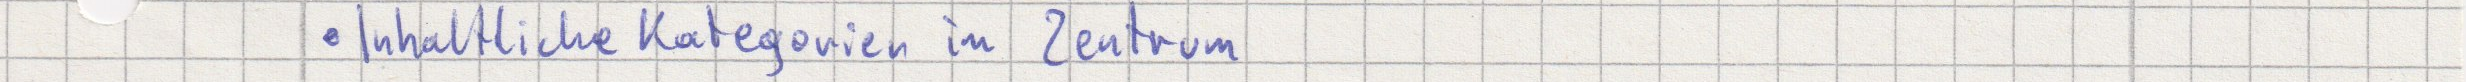
Inhaltliche Kategorien im Zentrum